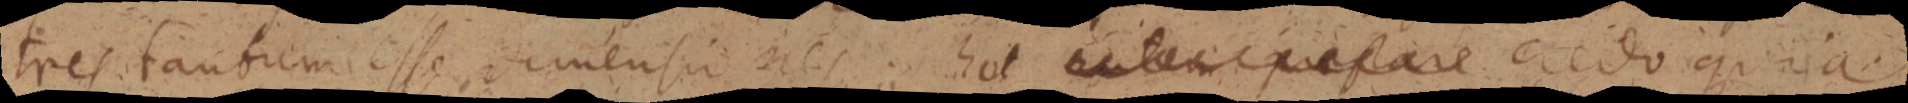
tres faubrem esse dimensi res. hot autem prefare credo quia